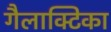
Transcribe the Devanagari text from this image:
गैलाक्टिका